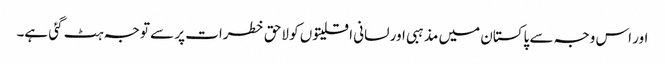
اور اس وجہ سے پاکستان میں مذہبی اور لسانی اقلیتوں کو لاحق خطرات پر سے توجہ ہٹ گئی ہے۔